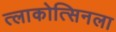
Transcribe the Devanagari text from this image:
त्लाकोत्सिनला